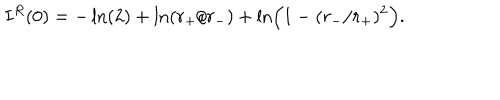
I ^ { R } ( 0 ) = - \ln ( 2 ) + \ln ( r _ { + } / r _ { - } ) + \ln \Bigr ( 1 - ( r _ { - } / r _ { + } ) ^ { 2 } \Bigr ) .